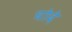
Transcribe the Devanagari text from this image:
घोदे